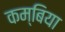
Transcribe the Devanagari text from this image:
कम्बिया